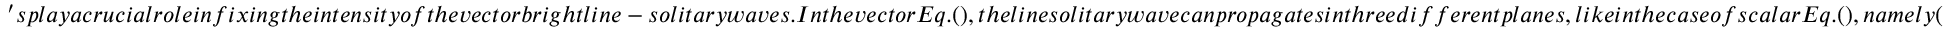
' s p l a y a c r u c i a l r o l e i n f i x i n g t h e i n t e n s i t y o f t h e v e c t o r b r i g h t l i n e - s o l i t a r y w a v e s . I n t h e v e c t o r E q . ( ) , t h e l i n e s o l i t a r y w a v e c a n p r o p a g a t e s i n t h r e e d i f f e r e n t p l a n e s , l i k e i n t h e c a s e o f s c a l a r E q . ( ) , n a m e l y (